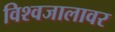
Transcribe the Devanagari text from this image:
विश्वजालावर